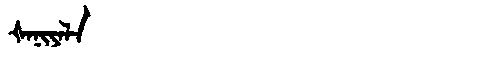
Manchu: ᡧᠠᠨᡳᠶᠠᠯᠠ
Romanization: ŠANIYALA